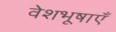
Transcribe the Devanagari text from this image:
वेशभूषाएँ